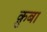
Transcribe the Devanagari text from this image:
क़ुबा